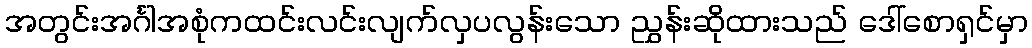
အတွင်းအင်္ဂါအစုံကထင်းလင်းလျက်လှပလွန်းသော ညွှန်းဆိုထားသည် ဒေါ်စောရှင်မှာ